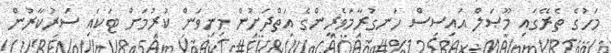
މަހުގެ ތެރޭގައި މޫޞަލް އައިސިސް ހަނގުރާމަވެރީންގެ އަތްދަށުން މިނިވަން ކުރުމަށް ޓަކައި ސަރުކާރުން